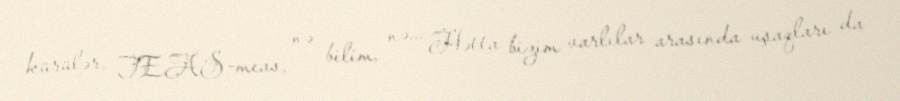
kürülər, TEAS-meas, nə bilim, nə... Hətta bizim varlılar arasında uşaqları da